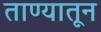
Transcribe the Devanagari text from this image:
ताण्यातून